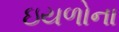
ઇયળોના